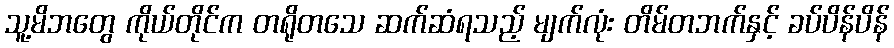
သူ့မိဘတွေ ကိုယ်တိုင်က တရိုတသေ ဆက်ဆံရသည့် မျက်လုံး တိမ်တဘက်နှင့် ခပ်ပိန်ပိန်